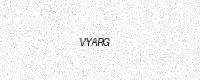
Text: VYARG